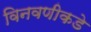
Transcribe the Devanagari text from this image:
विनवणीकडे